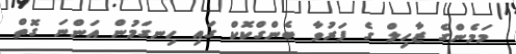
މަމެންގެ ޒާހިލް ގެ ފަރުވާ ބެންގްކޮކް ގައި ހިނގަމުން އަންނަ ގޮތް